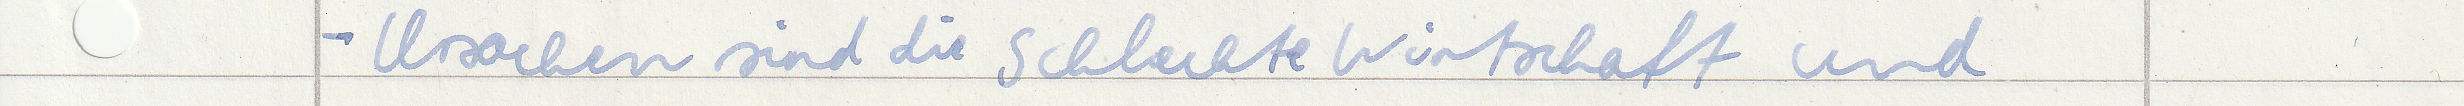
- Ursachen sind die schlechte Wirtschaft und